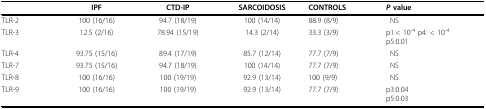
<table><thead><tr><td></td><td><b>IPF</b></td><td><b>CTD-IP</b></td><td><b>SARCOIDOSIS</b></td><td><b>CONTROLS</b></td><td><b><i>P </i>value</b></td></tr></thead><tbody><tr><td>TLR-2</td><td>100 (16/16)</td><td>94.7 (18/19)</td><td>100 (14/14)</td><td>88.9 (8/9)</td><td>NS</td></tr><tr><td>TLR-3</td><td>12.5 (2/16)</td><td>78.94 (15/19)</td><td>14.3 (2/14)</td><td>33.3 (3/9)</td><td>p1:&lt; 10<sup>-4 </sup>p4: &lt; 10<sup>-4</sup>p5:0.01</td></tr><tr><td>TLR-4</td><td>93.75 (15/16)</td><td>89.4 (17/19)</td><td>85.7 (12/14)</td><td>77.7 (7/9)</td><td>NS</td></tr><tr><td>TLR-7</td><td>93.75 (15/16)</td><td>94.7 (18/19)</td><td>100 (14/14)</td><td>77.7 (7/9)</td><td>NS</td></tr><tr><td>TLR-8</td><td>100 (16/16)</td><td>100 (19/19)</td><td>92.9 (13/14)</td><td>100 (9/9)</td><td>NS</td></tr><tr><td>TLR-9</td><td>100 (16/16)</td><td>100 (19/19)</td><td>92.9 (13/14)</td><td>77.7 (7/9)</td><td>p3:0.04p5:0.03</td></tr></tbody></table>